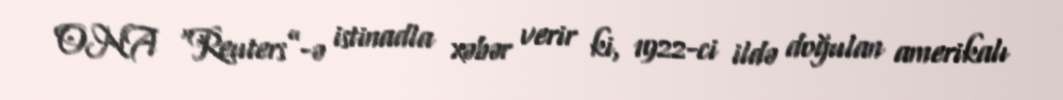
ONA “Reuters”-ə istinadla xəbər verir ki, 1922-ci ildə doğulan amerikalı